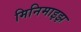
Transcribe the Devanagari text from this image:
मिनिमाइझ